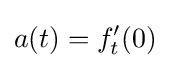
a(t)=f_{t}^{\prime }(0)